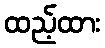
ထည့်ထား